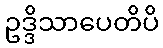
ဥဒ္ဒိသာပေတိပိ